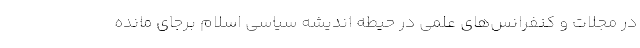
در مجلات و کنفرانس‌های علمی در حیطه اندیشه سیاسی اسلام برجای مانده